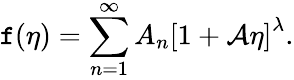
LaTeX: \mathtt{f}(\eta)=\sum_{n=1}^{\infty}A_{n}\left[1+\mathcal{{A}}\eta\right]^{\lambda}.